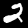
Digit: 2